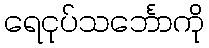
ရေငုပ်သင်္ဘောကို